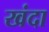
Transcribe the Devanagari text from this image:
खंदा